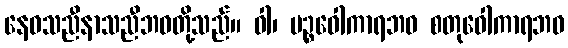
နေဝသညီနာသညီဘဝတို့သည်။ ဝါ၊ ပဉ္စဝေါကာရဘဝ စတုဝေါကာရဘဝ